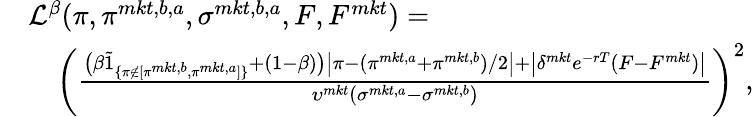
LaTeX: \begin{array}{rl}&{\mathcal{L}^{\beta}(\pi,\pi^{mkt,b,a},\sigma^{mkt,b,a},F,F^{mkt})=}\\ &{\quad\left(\frac{\big(\beta\tilde{1}_{\{ \pi\notin[\pi^{mkt,b},\pi^{mkt,a}]\} }+(1-\beta)\big)\big|\pi-(\pi^{mkt,a}+\pi^{mkt,b})/2\big|+\big|\delta^{mkt}e^{-rT}(F-F^{mkt})\big|}{{\upsilon^{mkt}(\sigma^{mkt,a}-\sigma^{mkt,b})}}\right)^{2},}\end{array}